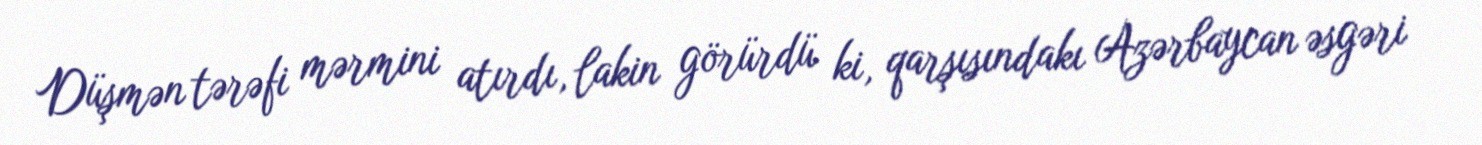
Düşmən tərəfi mərmini atırdı, lakin görürdü ki, qarşısındakı Azərbaycan əsgəri